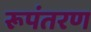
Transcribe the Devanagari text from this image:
रूपंतरण